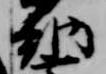
納